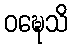
ဝဍ္ဎေသိ